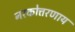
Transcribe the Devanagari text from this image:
नरकोत्तरणाय